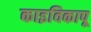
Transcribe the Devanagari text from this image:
काइविकापू